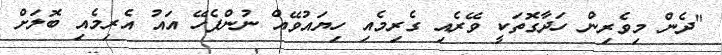
"ދެން މިވެރިން ހަދާގޮތަކީ ވޭރެއި ގެރިމެއި ހިޔައުވޭއް ނުންފެހޭ އައު އެރިމެއި ބޮލަށް